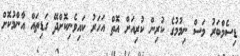
ޑިސެމްބަރު މަސް ނިމުމުގެ ކުރިން ކުރިއަށް އޮތް އަހަރު ކައިވެނިކޮށްދޭ ގަޑިތައް އާންމުކޮށް